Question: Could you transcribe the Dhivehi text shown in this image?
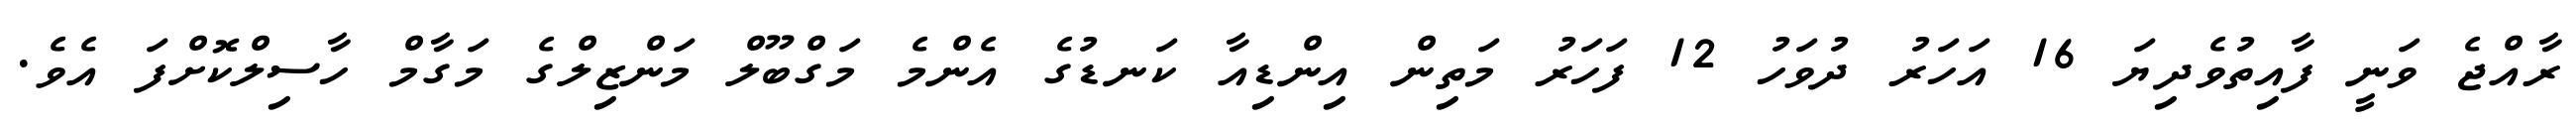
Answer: ރާއްޖެ ވަނީ ފާއިތުވެދިޔަ 16 އަހަރު ދުވަހު 12 ފަހަރު މަތިން އިންޑިއާ ކަނޑުގެ އެންމެ މަގްބޫލް މަންޒިލްގެ މަގާމް ހާސިލްކޮށްފަ އެވެ.